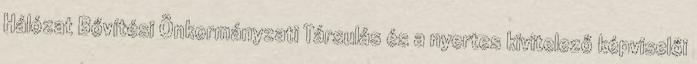
Hálózat Bővítési Önkormányzati Társulás és a nyertes kivitelező képviselői